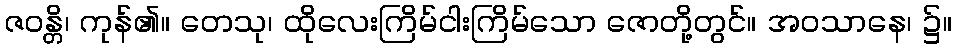
ဇဝန္တိ၊ ကုန်၏။ တေသု၊ ထိုလေးကြိမ်ငါးကြိမ်သော ဇောတို့တွင်။ အဝသာနေ၊ ၌။